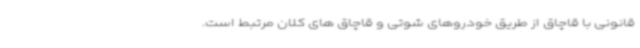
قانونی با قاچاق از طریق خودروهای شوتی و قاچاق های کلان مرتبط است.